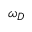
\omega _ { D }